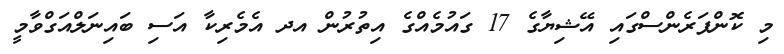
މި ކޮންފަރެންސްގައި އޭޝިޔާގެ 17 ގައުމެއްގެ އިތުރުން އދ އެމެރިކާ އަސި ބައިނަލްއަގްވާމީ